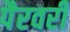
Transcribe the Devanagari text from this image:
पैरवरी